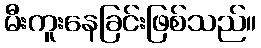
မီးကူးနေခြင်းဖြစ်သည်။